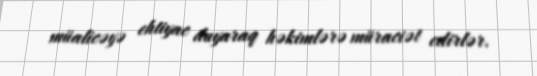
müalicəyə ehtiyac duyaraq həkimlərə müraciət edirlər.